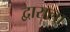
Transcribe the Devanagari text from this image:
द्वाराला